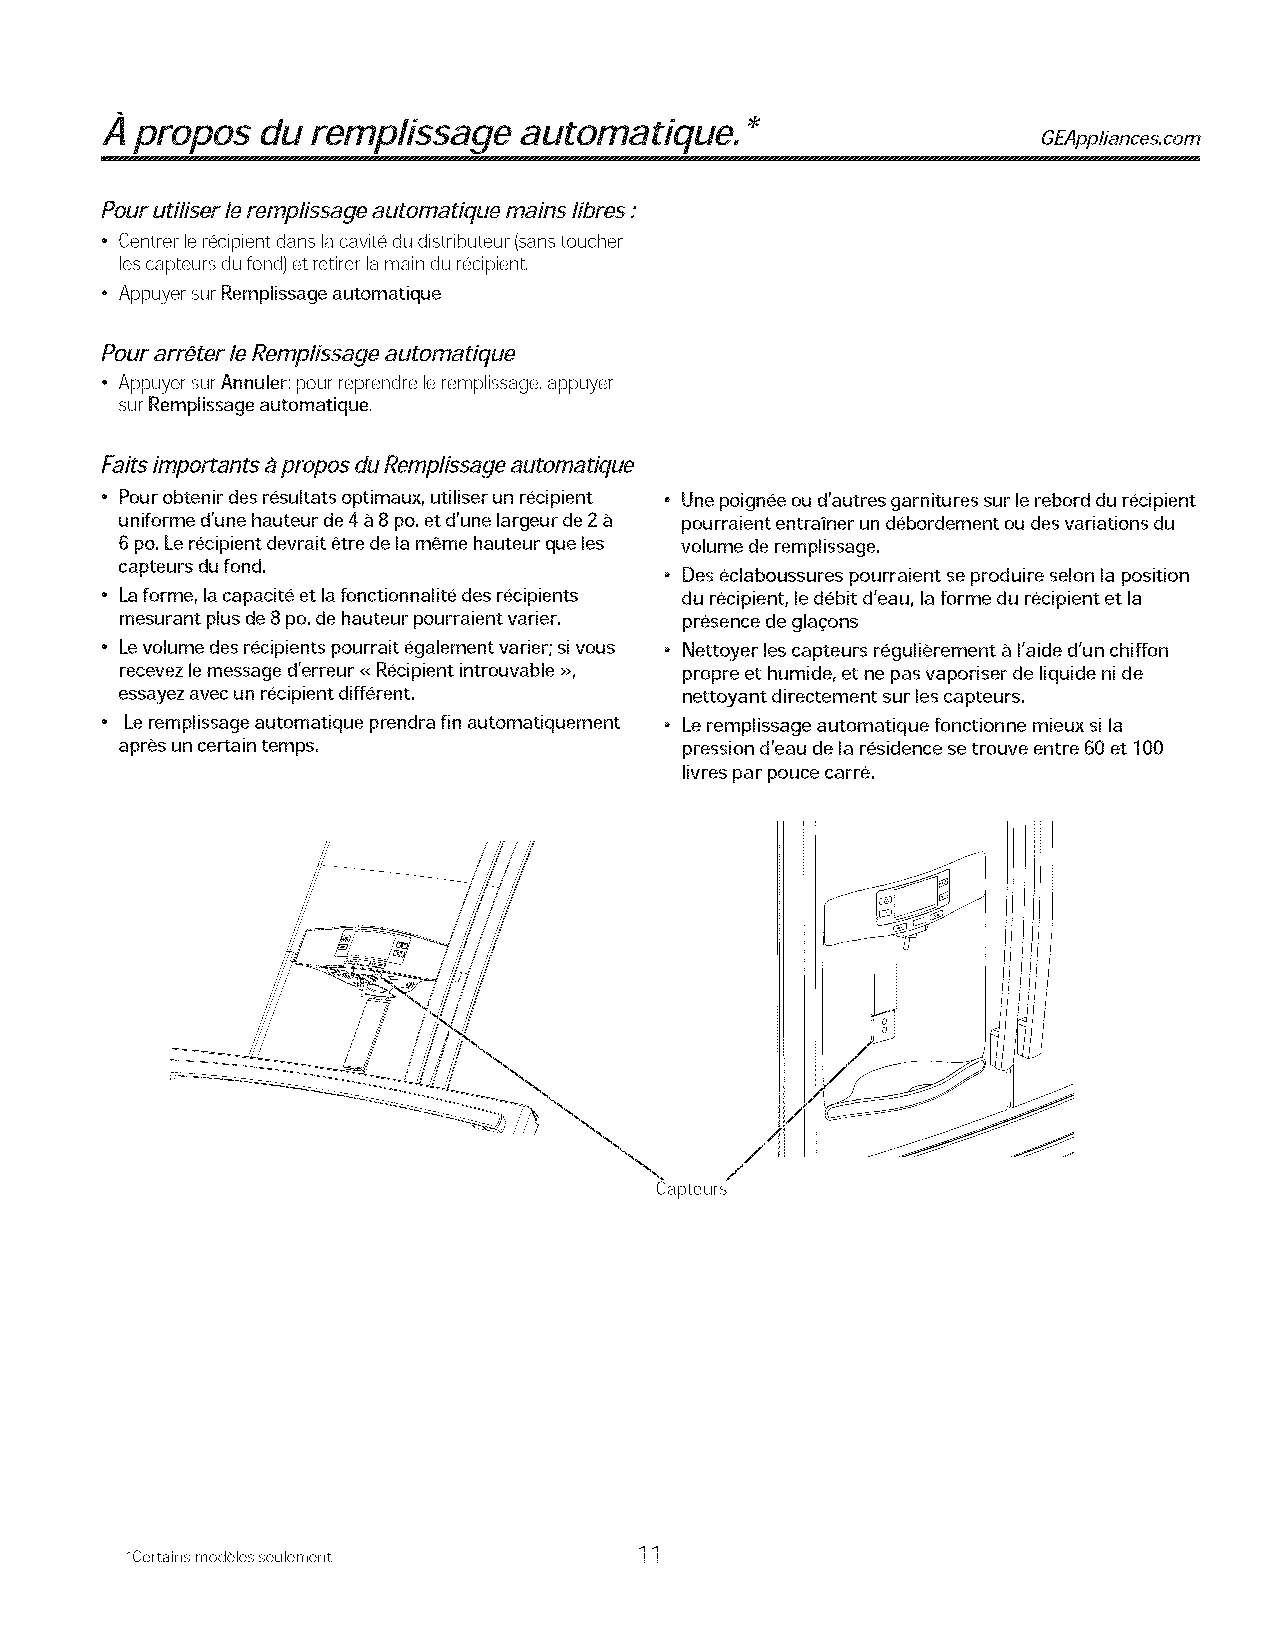
A propos  du  remplissage  automatique.
 GEAppliances.com
 Pour utiliser leremplissage automatique mains libres :
 " Centrer lerecipient dans lacavite du distributeur (sanstoucher
 lescapteurs du fond) et retirer lamain du recipient.
 • Appuyer surRemplissage automatique
 Pour arr6ter le Remplissage automatique
 • Appuyer surAnnuler; pour reprendre leremplissage, appuyer
 surRemplissage automatique.
 Fairs importants apropos du Remplissage automatique
 • Pour obtenir des resultats optimaux, utiliser un recipient " Une poignee ou d'autres garnitures sur lerebord du recipient
 uniforme d'une hauteur de 4a 8po. et d'une largeur de 2 pourraient entrainer un debordement ou des variations du
 6po. Lerecipient devrait etre de lameme hauteur que les volume de remplissage.
 capteurs du fond.
 • Des eclaboussures pourraient se produire selon la position
 • Laforme, la capacite et lafonctionnalite des recipients du recipient, ledebit d'eau, laforme du recipient et la
 mesurant plus de 8po.de hauteur pourraient varlet. presence de glaqons
 • Levolume des recipients pourrait egalement varier; sivous • Nettoyer les capteurs regulierement a I'aide d'un chiffon
 recevez lemessage d'erreur <<Recipient introuvable >>, propre et humide, et ne pas vaporiser de liquide nide
 essayez avec un recipient different. nettoyant directement sur les capteurs.
 • Leremplissage automatique prendra fin automatiquement • Le remplissage automatique fonctionne mieux si la
 apres un certain temps.              pression d'eau de la residence setrouve entre 60 et 100
 livres par pouce carte.
 Capteurs
 11
 *Certains modeles seulement